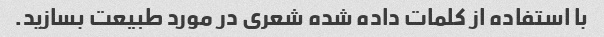
با استفاده از کلمات داده شده شعری در مورد طبیعت بسازید.